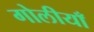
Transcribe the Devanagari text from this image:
गोलीयाँ